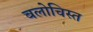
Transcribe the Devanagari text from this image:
बलोचिस्त